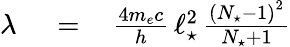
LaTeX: \begin{array}{rlr}{\lambda\, }&{{}=}&{\, \frac{4m_{e}c}{h}\, \ell_{\star}^{2}\, \frac{\left(N_{\star}-1\right)^{2}}{N_{\star}+1}}\end{array}